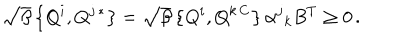
\sqrt { \beta } \left\{ Q ^ { i } , Q ^ { j \, * } \right\} = \sqrt { \beta } \left\{ Q ^ { i } , Q ^ { k \, C } \right\} \alpha ^ { j } { } _ { k } B ^ { T } \geq 0 \, .